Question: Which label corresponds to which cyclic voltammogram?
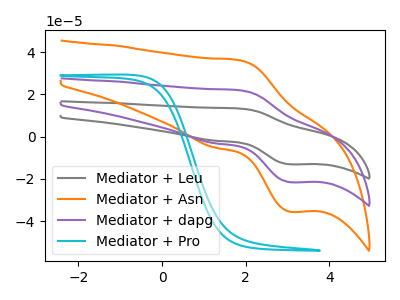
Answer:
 <answer>The gray curve is labeled "Mediator + Leu". The orange curve is labeled "Mediator + Asn". The purple curve is labeled "Mediator + dapg". The cyan curve is labeled "Mediator + Pro".</answer>
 <eval></eval>